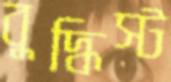
বুদ্ধিস্ট